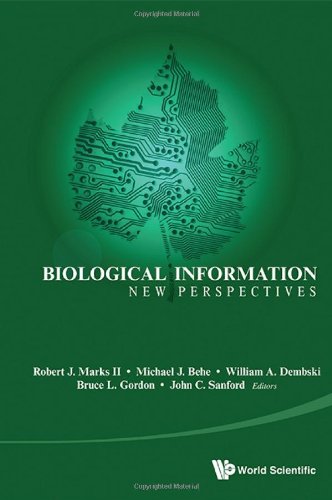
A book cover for Biological Information: New Perspectives; Robert J Marks II; Computers & Technology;